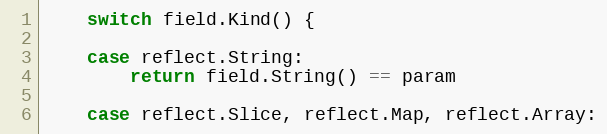
Language: Go
	switch field.Kind() {

	case reflect.String:
		return field.String() == param

	case reflect.Slice, reflect.Map, reflect.Array: